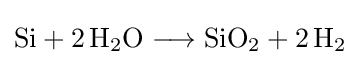
{\mathrm {Si} {}+{}2\,\mathrm {H} {\vphantom {A}}_{\smash[{t}]{2}}\mathrm {O} {}\mathrel {\longrightarrow } {}\mathrm {SiO} {\vphantom {A}}_{\smash[{t}]{2}}{}+{}2\,\mathrm {H} {\vphantom {A}}_{\smash[{t}]{2}}}